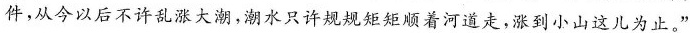
件，从今以后不许乱涨大潮，潮水只许规规矩矩顺着河道走，涨到小山这儿为止。”